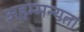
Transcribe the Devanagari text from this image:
अहम्मन्यता